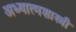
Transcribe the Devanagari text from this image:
अध्यात्मशास्त्री